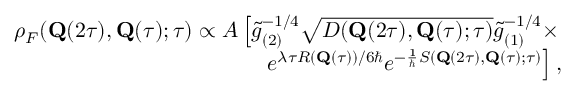
\begin{array} { r } { \rho _ { F } ( \mathbf { Q } ( 2 \tau ) , \mathbf { Q } ( \tau ) ; \tau ) \propto { \cal A } \left[ \tilde { g } _ { ( 2 ) } ^ { - 1 / 4 } \sqrt { D ( \mathbf { Q } ( 2 \tau ) , \mathbf { Q } ( \tau ) ; \tau ) } \tilde { g } _ { ( 1 ) } ^ { - 1 / 4 } \times \right. } \\ { \left. e ^ { \lambda \tau R ( \mathbf { Q } ( \tau ) ) / 6 \hbar } e ^ { - \frac { 1 } { \hbar } S ( \mathbf { Q } ( 2 \tau ) , \mathbf { Q } ( \tau ) ; \tau ) } \right] , } \end{array}